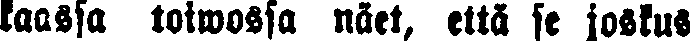
kaassa toiwossa näet, että se joskus